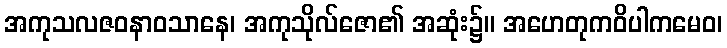
အကုသလဇဝနာဝသာနေ၊ အကုသိုလ်ဇော၏ အဆုံး၌။ အဟေတုကဝိပါကမေဝ၊